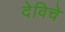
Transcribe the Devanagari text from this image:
देविचे